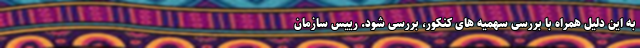
به این دلیل همراه با بررسی سهمیه ‌های کنکور، بررسی شود. رییس سازمان